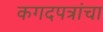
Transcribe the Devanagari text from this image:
कगदपत्रांचा